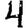
Digit: 4